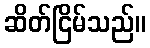
ဆိတ်ငြိမ်သည်။